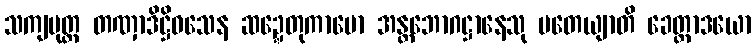
သကျပုတ္တ တဏှာဒိဋ္ဌိဝသေန ဆဍ္ဍေတုကာမော အန္တဘောဂဋ္ဌာနေသု ပတေယျာတိ ခေတ္တာဒယော